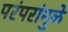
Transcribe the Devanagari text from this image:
परंपरांमुळे